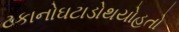
ટકાનોઘટાડોથયોહતો